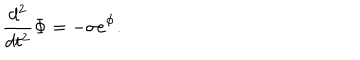
\frac { d ^ { 2 } } { d t ^ { 2 } } \Phi = - \sigma \mathrm { e } ^ { \Phi } .